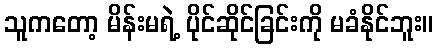
သူကတော့ မိန်းမရဲ့ ပိုင်ဆိုင်ခြင်းကို မခံနိုင်ဘူး။